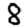
Digit: 8